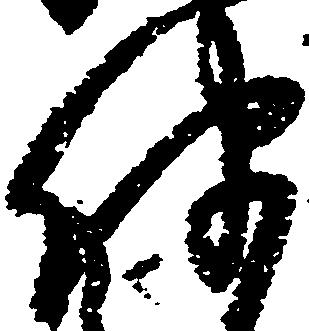
伴